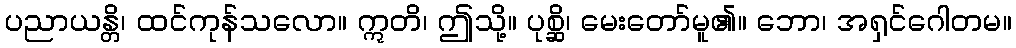
ပညာယန္တိ၊ ထင်ကုန်သလော။ ဣတိ၊ ဤသို့။ ပုစ္ဆိ၊ မေးတော်မူ၏။ ဘော၊ အရှင်ဂေါတမ။